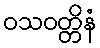
ဝသဝတ္တိနံ